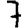
Digit: 7